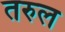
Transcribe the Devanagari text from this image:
तरुल